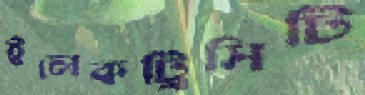
ইলেকট্রিসিটি